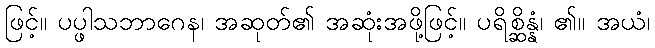
ဖြင့်။ ပပ္ဖါသဘာဂေန၊ အဆုတ်၏ အဆုံးအဖို့ဖြင့်။ ပရိစ္ဆိန္နံ၊ ၏။ အယံ၊